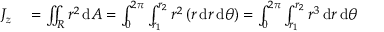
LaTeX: \begin{array} { r l } { J _ { z } } & { { } = \iint _ { R } r ^ { 2 } \, \mathrm { d } A = \int _ { 0 } ^ { 2 \pi } \int _ { r _ { 1 } } ^ { r _ { 2 } } r ^ { 2 } \left( r \, \mathrm { d } r \, \mathrm { d } \theta \right) = \int _ { 0 } ^ { 2 \pi } \int _ { r _ { 1 } } ^ { r _ { 2 } } r ^ { 3 } \, \mathrm { d } r \, \mathrm { d } \theta } \end{array}